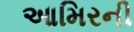
આમિરની